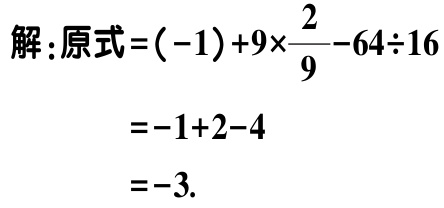
解：原式\(=(-1)+9\times\frac{2}{9}-64\div16\)

\(=-1 + 2 - 4\)

\(=-3\).